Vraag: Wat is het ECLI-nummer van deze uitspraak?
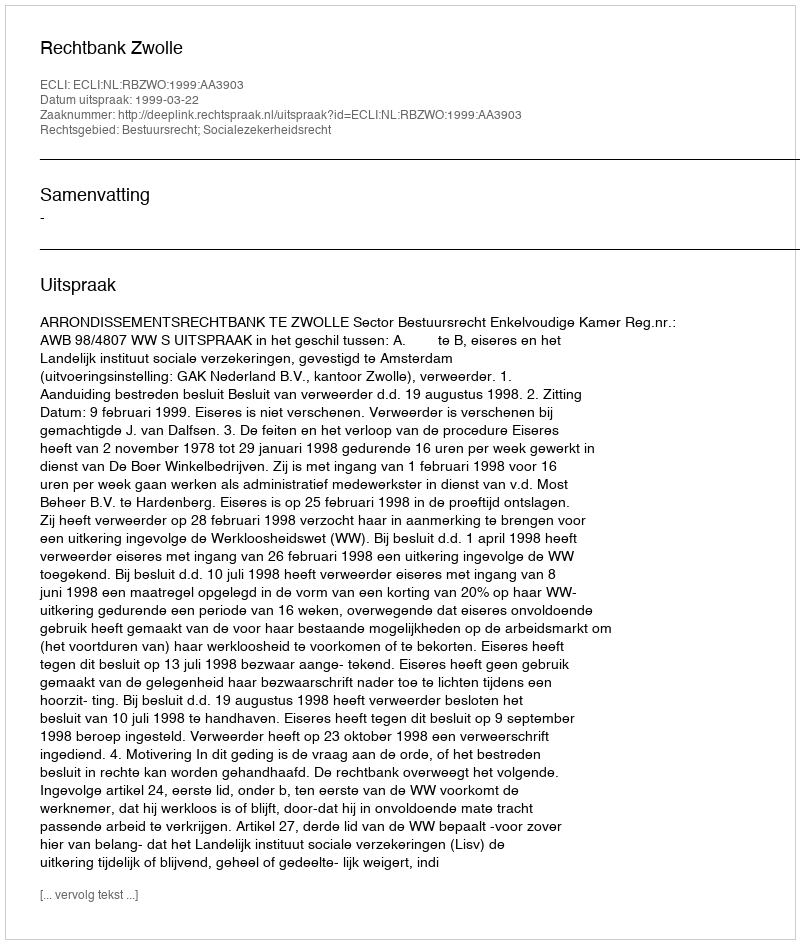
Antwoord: ECLI:NL:RBZWO:1999:AA3903